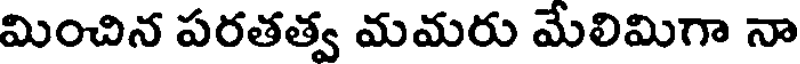
మించిన పరతత్వ మమరు మేలిమిగా నా